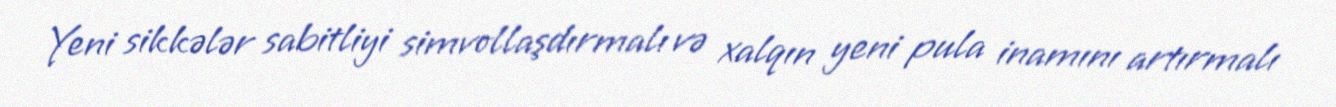
Yeni sikkələr sabitliyi simvollaşdırmalı və xalqın yeni pula inamını artırmalı